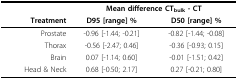
<table><thead><tr><td></td><td colspan="2"><b>Mean difference CT<sub>bulk </sub>- CT</b></td></tr><tr><td><b>Treatment</b></td><td><b>D95 [range] %</b></td><td><b>D50 [range] %</b></td></tr></thead><tbody><tr><td>Prostate</td><td>-0.96 [-1.44; -0.21]</td><td>-0.82 [-1.44; -0.08]</td></tr><tr><td>Thorax</td><td>-0.56 [-2.47; 0.46]</td><td>-0.36 [-0.93; 0.15]</td></tr><tr><td>Brain</td><td>0.07 [-1.14; 0.60]</td><td>-0.01 [-1.51; 0.42]</td></tr><tr><td>Head &amp; Neck</td><td>0.68 [-0.50; 2.17]</td><td>0.27 [-0.21; 0.80]</td></tr></tbody></table>